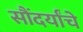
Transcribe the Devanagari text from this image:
सौंदर्यांचे